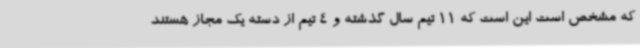
که مشخص است این است که 11 تیم سال گذشته و 4 تیم از دسته یک مجاز هستند